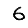
Digit: 6